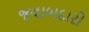
જવાબદારો